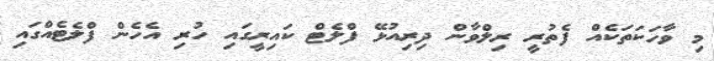
މި ވާހަކަތަކެއް ފެތުރީ ރިލްވާން ދިރިއުޅޭ ފްލެޓް ކައިރީގައި ހުރި އެހެން ފްލެޓެއްގައި